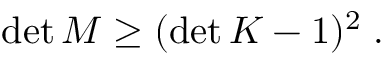
\begin{array} { r } { \operatorname* { d e t } M \geq ( \operatorname* { d e t } K - 1 ) ^ { 2 } \; . } \end{array}